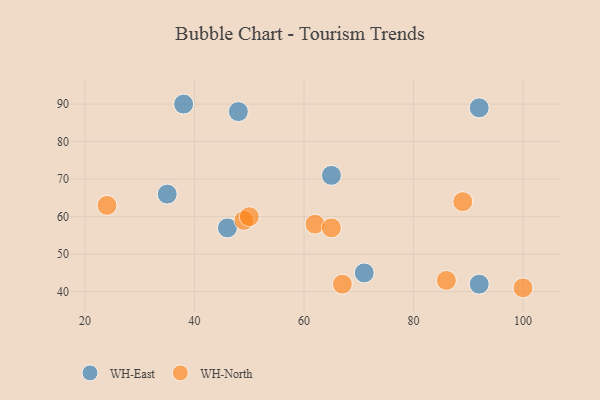
{"axis": {"x": "GDP", "y": "Life Expectancy"}, "legend": ["WH-East", "WH-North"], "data": [{"x": "46", "y": 57, "type": "WH-East"}, {"x": "71", "y": 45, "type": "WH-East"}, {"x": "48", "y": 88, "type": "WH-East"}, {"x": "92", "y": 42, "type": "WH-East"}, {"x": "92", "y": 89, "type": "WH-East"}, {"x": "65", "y": 71, "type": "WH-East"}, {"x": "35", "y": 66, "type": "WH-East"}, {"x": "38", "y": 90, "type": "WH-East"}, {"x": "86", "y": 43, "type": "WH-North"}, {"x": "67", "y": 42, "type": "WH-North"}, {"x": "24", "y": 63, "type": "WH-North"}, {"x": "62", "y": 58, "type": "WH-North"}, {"x": "49", "y": 59, "type": "WH-North"}, {"x": "50", "y": 60, "type": "WH-North"}, {"x": "100", "y": 41, "type": "WH-North"}, {"x": "65", "y": 57, "type": "WH-North"}, {"x": "89", "y": 64, "type": "WH-North"}]}